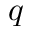
q